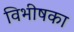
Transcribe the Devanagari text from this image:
विभीषका